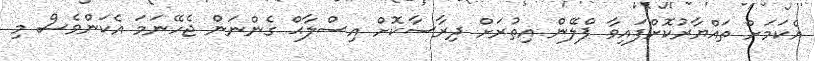
އެކަމަށް ތައްޔާރުކޮށްފައިވާ ޕްލޭން އިތުރަށް ދިރާސާކޮށް އިސްލާޙް ގެންނަން ޖެހޭނަމަ އެކަންވެސް މި